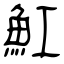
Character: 魟